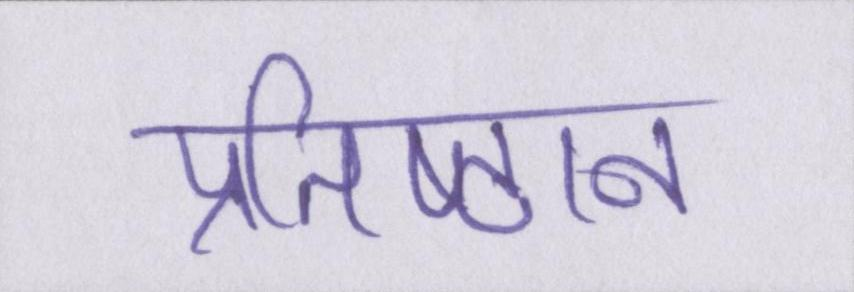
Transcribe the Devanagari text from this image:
प्रतिष्ठान